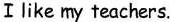
I like my teachers.